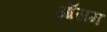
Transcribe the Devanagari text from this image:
ऑसम